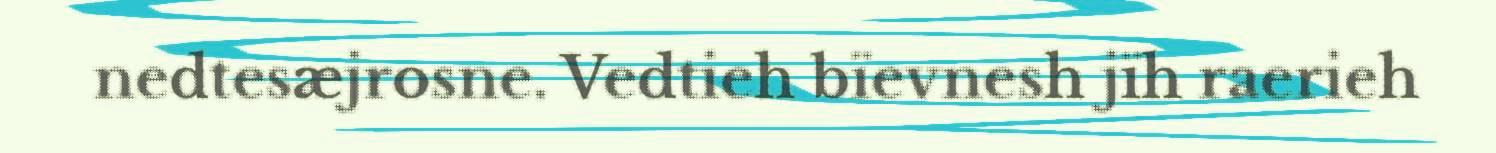
nedtesæjrosne. Vedtieh bïevnesh jïh raerieh